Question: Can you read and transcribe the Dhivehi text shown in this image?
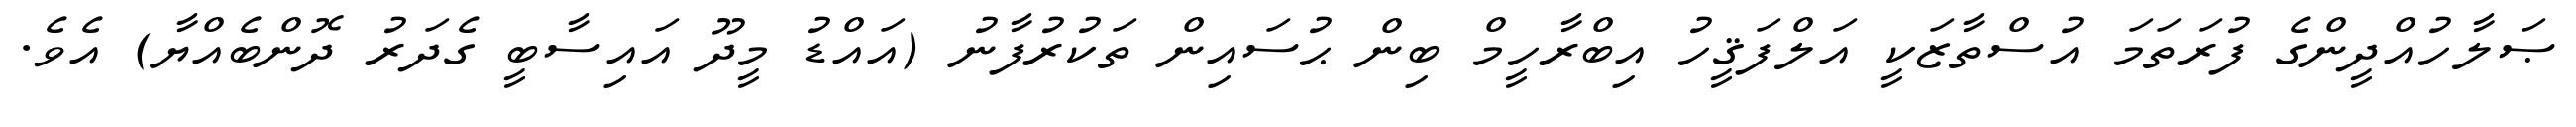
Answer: ޞަލާހުއްދީންގެ ފުރަތަމަ އުސްތާޒަކީ އަލްފަޤީހު އިބްރާހީމް ބިން ޙުސައިން ތަކުރުފާނު (އައްޑު މީދޫ އައިސާބީ ގެދަރު ދޮންބެއްޔާ) އެވެ.